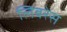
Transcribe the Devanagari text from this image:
लिबरेस